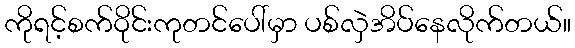
ကိုရင့်စက်ဝိုင်းကုတင်ပေါ်မှာ ပစ်လှဲအိပ်နေလိုက်တယ်။